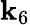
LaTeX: \mathbf{k}_{6}